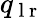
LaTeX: q_{\mathrm{~l~r~}}